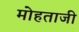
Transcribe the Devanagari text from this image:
मोहताजी